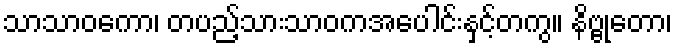
သာသာဝကော၊ တပည့်သားသာဝကအပေါင်းနှင့်တကွ။ နိဗ္ဗုတော၊